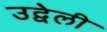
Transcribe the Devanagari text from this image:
उद्वेली